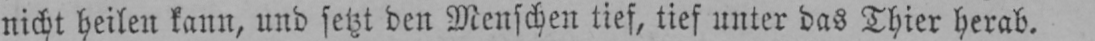
nicht heilen kann, und setzt den Menschen tief, tief unter das Thier herab.